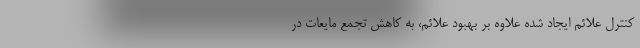
کنترل علائم ایجاد شده علاوه بر بهبود علائم، به کاهش تجمع مایعات در